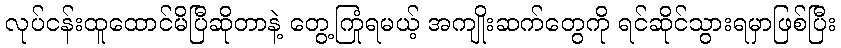
လုပ်ငန်းထူထောင်မိပြီဆိုတာနဲ့ တွေ့ကြုံရမယ့် အကျိုးဆက်တွေကို ရင်ဆိုင်သွားရမှာဖြစ်ပြီး